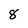
Character: 8